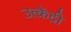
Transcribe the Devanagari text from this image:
उत्केंद्री